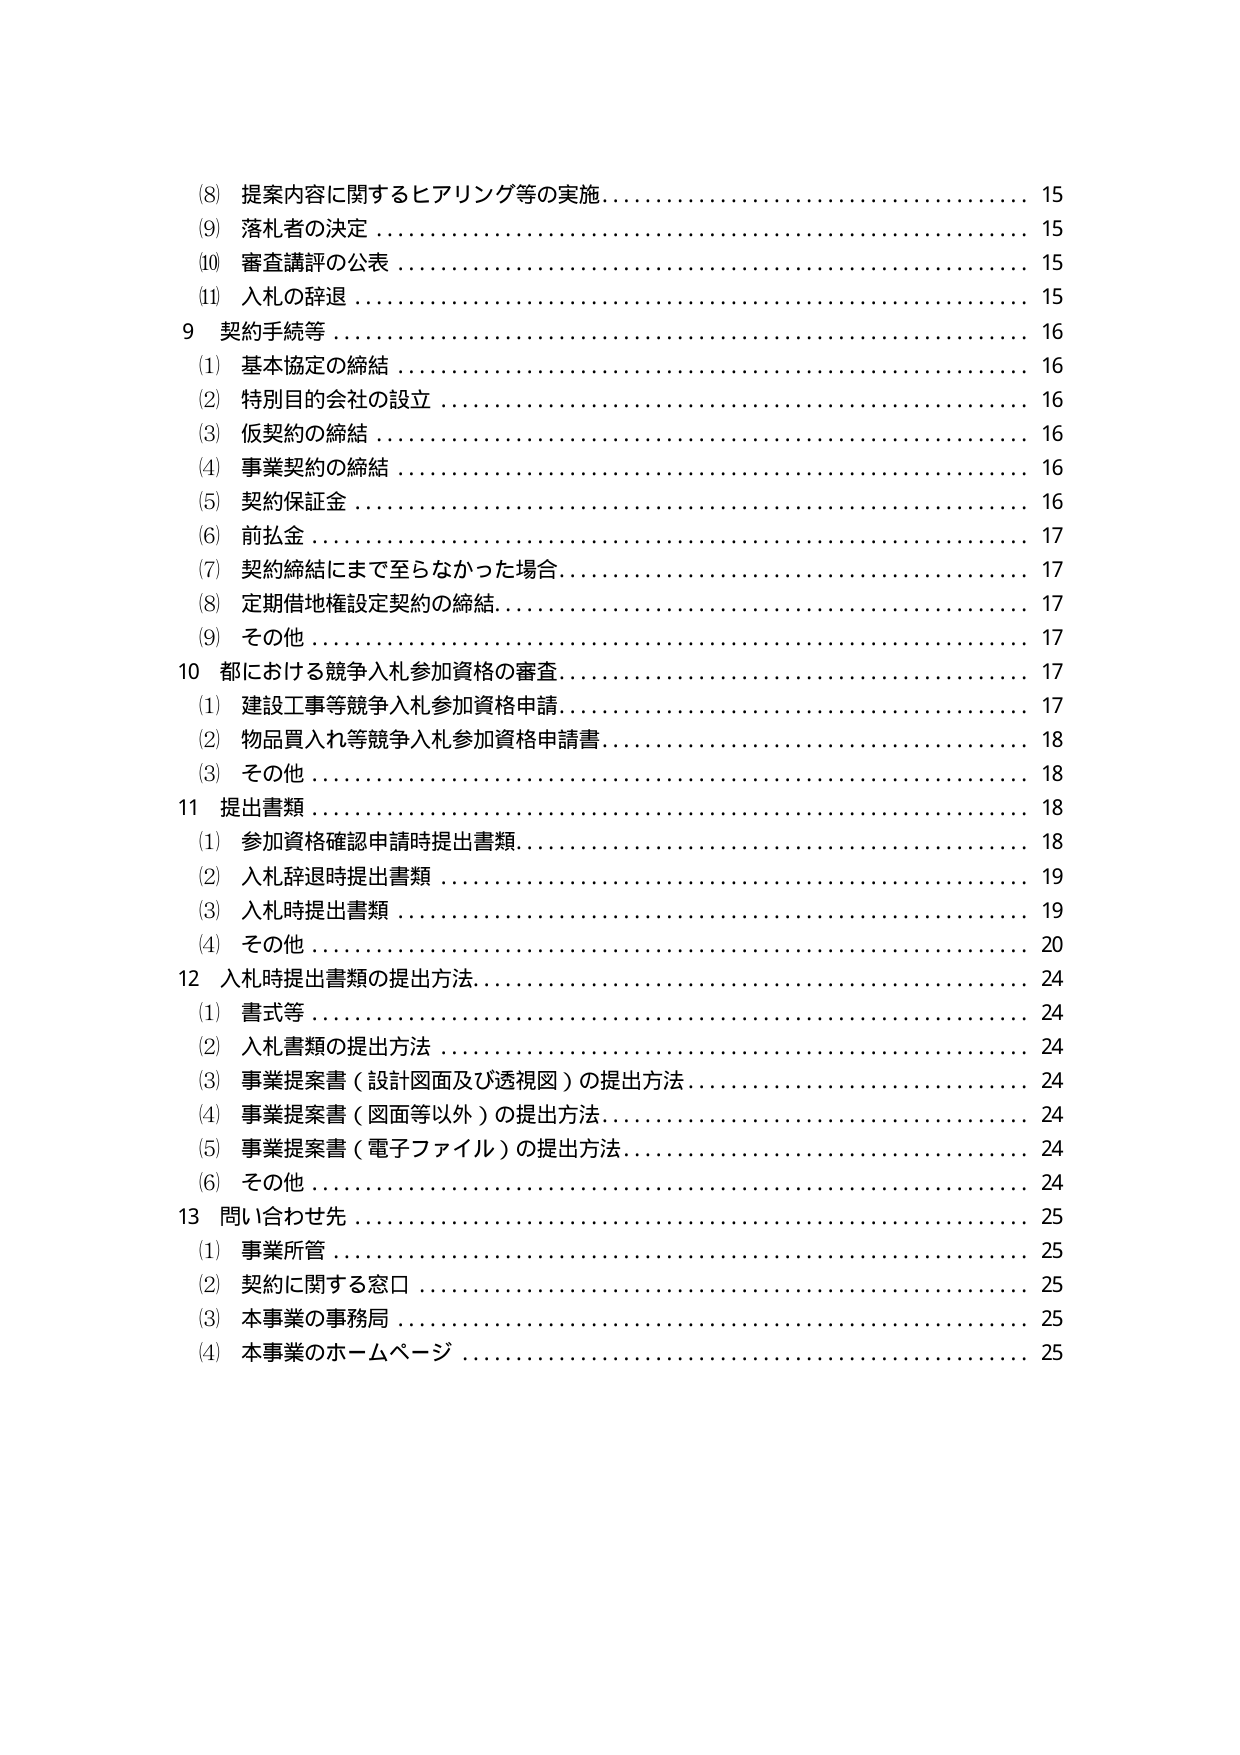
(8) 提案内容に関するヒアリング等の実施…………………………… 15
(9) 落札者の決定………………………………………………………… 15
(10) 審査講評の公表…………………………………………………… 15
(11) 入札の辞退………………………………………………………… 15
9 契約手続等…………………………………………………………… 16
(1) 基本協定の締結…………………………………………………… 16
(2) 特別目的会社の設立……………………………………………… 16
(3) 仮契約の締結……………………………………………………… 16
(4) 事業契約の締結…………………………………………………… 16
(5) 契約保証金………………………………………………………… 16
(6) 前払金……………………………………………………………… 17
(7) 契約締結にまで至らなかった場合……………………………… 17
(8) 定期借地権設定契約の締結……………………………………… 17
(9) その他……………………………………………………………… 17
10 都における競争入札参加資格の審査……………………………… 17
(1) 建設工事等競争入札参加資格申請……………………………… 17
(2) 物品買入れ等競争入札参加資格申請書………………………… 18
(3) その他……………………………………………………………… 18
11 提出書類…………………………………………………………… 18
(1) 参加資格確認申請時提出書類…………………………………… 18
(2) 入札辞退時提出書類……………………………………………… 19
(3) 入札時提出書類…………………………………………………… 19
(4) その他……………………………………………………………… 20
12 入札時提出書類の提出方法……………………………………… 24
(1) 書式等……………………………………………………………… 24
(2) 入札書類の提出方法……………………………………………… 24
(3) 事業提案書（設計図面及び透視図）の提出方法……………… 24
(4) 事業提案書（図面等以外）の提出方法………………………… 24
(5) 事業提案書（電子ファイル）の提出方法……………………… 24
(6) その他……………………………………………………………… 24
13 問い合わせ先……………………………………………………… 25
(1) 事業所管…………………………………………………………… 25
(2) 契約に関する窓口………………………………………………… 25
(3) 本事業の事務局…………………………………………………… 25
(4) 本事業のホームページ…………………………………………… 25